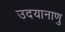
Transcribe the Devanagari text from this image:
उदयानाणु